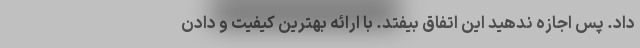
داد. پس اجازه ندهید این اتفاق بیفتد. با ارائه بهترین کیفیت و دادن